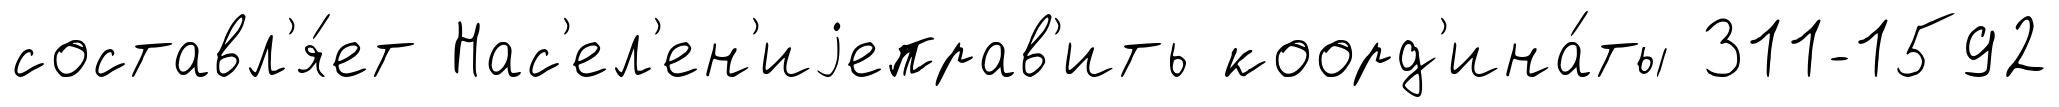
составл'я́ет Нас'ел'ен'иjеправ'ить коорд'ина́ты 311-1592